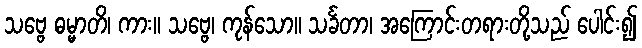
သဗ္ဗေ ဓမ္မာတိ၊ ကား။ သဗ္ဗေ၊ ကုန်သော။ သင်္ခတာ၊ အကြောင်းတရားတို့သည် ပေါင်း၍